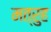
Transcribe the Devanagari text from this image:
मत्रुह